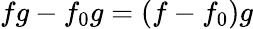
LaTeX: fg-f_{0}g=(f-f_{0})g